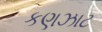
કણઝાટ